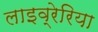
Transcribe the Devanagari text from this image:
लाइव्रेरिया